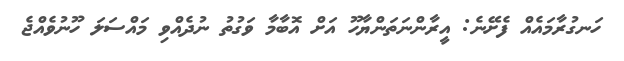
ހަނގުރާމައެއް ފެށޭނެ: އީރާންނަތަންޔާހޫ އަށް އޮބާމާ ވަގުތު ނުދެއްވި މައްސަލަ ހޫނުވެއްޖެ